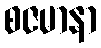
စဇမာနာ